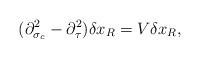
\begin{align*}(\partial^2_{\sigma_c}-\partial^2_\tau)\delta x_R=V\delta x_R,\end{align*}